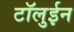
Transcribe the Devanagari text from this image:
टॉलुईन